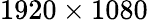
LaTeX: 1920\times 1080